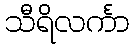
သီရိလင်္ကာ